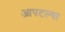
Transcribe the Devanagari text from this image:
आपटल्या